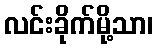
လင်းခိုက်မို့သာ၊